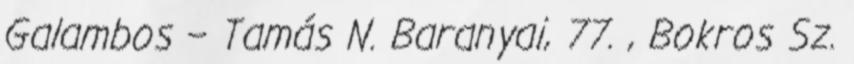
Galambos – Tamás N. Baranyai, 77. , Bokros Sz.